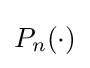
P_{n}\!\left(\cdot \right)